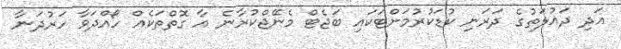
އަދި ދައުލަތުގެ ދަރަނި ކުޑަކުރުމަށްޓަކައި ބަޖެޓް މެނޭޖްކުރާނެ އާ ގޮތްތަކެއް ހޯއްދަވާ ހަރުދަނާ